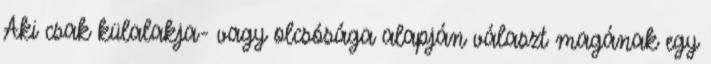
Aki csak külalakja- vagy olcsósága alapján választ magának egy